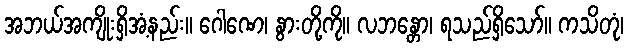
အဘယ်အကျိုးရှိအံ့နည်း။ ဂေါဏေ၊ နွားတို့ကို။ လဘန္တော၊ ရသည်ရှိသော်။ ကသိတုံ၊